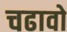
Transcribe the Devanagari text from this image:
चढावो